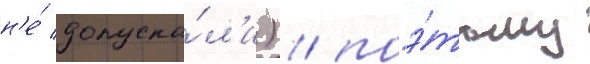
н'е́ допуска́л'и) / поэ́тому